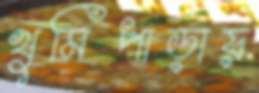
খুমিপাড়ায়